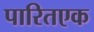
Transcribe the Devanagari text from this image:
पारितएक